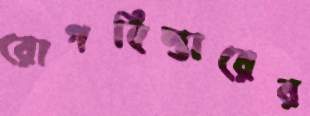
রোগবিস্তারের